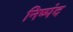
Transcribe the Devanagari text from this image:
निष्पंद